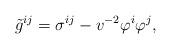
LaTeX: \begin{align*}\tilde{g}^{ij} = \sigma^{ij} - v^{-2} \varphi^i \varphi^j,\end{align*}